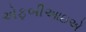
એફબીઆઇએ